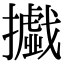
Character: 㩬